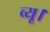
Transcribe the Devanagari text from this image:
व्यू।